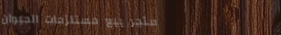
متجر بيع مستلزمات الحيوان